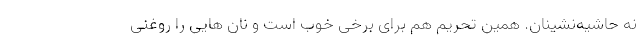
نه حاشیه‌نشینان. همین تحریم هم برای برخی خوب است و نان هایی را روغنی